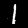
Digit: 1